Report on sanitation, dispensaries, and jails in Rajputana for 1912, and on vaccination for the year 1912-1913 - 1912-1913
Year: 1912
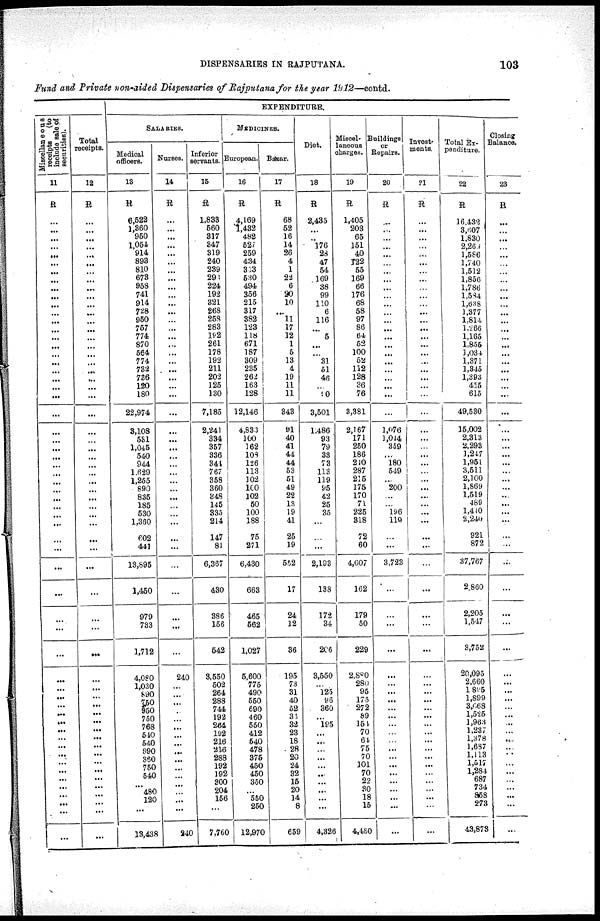
DISPENSARIES IN RAJPUTANA.
103
Fund and Private non-aided Dispensaries of Rajputana for the year 1912—contd.
Miscellaneous
receipts
(to
include sale of
securities).
11
R
...
...
...
...
...
...
...
...
...
...
...
...
...
...
...
...
...
...
...
...
...
...
...
...
...
...
...
...
...
...
...
...
...
...
...
...
...
...
...
...
...
...
...
...
...
...
...
...
...
...
...
...
...
...
...
...
...
...
...
...
Total
receipts.
12
R
...
...
...
...
...
...
...
...
...
...
...
...
...
...
...
...
...
...
...
...
...
...
...
...
...
...
...
...
...
...
...
...
...
...
...
...
...
...
...
...
...
...
...
... ...
...
...
...
...
...
...
...
...
...
...
...
...
...
...
...
EXPENDITURE.
SALARIES.
Medical
officers.
13
R
6,522
1,360
950
1,051
914
893
810
673
958
741
914
728
950
757
774
870
564
774
732
736
120
180
22,974
3,108
581
1,045
540
944
1,629
1,265
890
835
185
530
1,360
602
441
13,895
1,450
979
733
1,712
4,080
1,030
890
750
950
750
768
540
540
890
360
750
540
...
480
120
...
13,438
Nurses.
14
R
...
...
...
...
...
...
...
...
...
...
...
...
...
...
...
...
...
...
...
...
...
...
...
...
...
...
...
...
...
...
...
...
...
...
...
...
...
...
...
...
...
...
240
...
...
...
...
...
...
...
...
...
...
...
...
...
...
...
...
240
Inferior
servants.
15
R
1,833
560
317
347
319
240
239
293
224
192
821
268
258
283
192
261
178
192
211
202
125
130
7,185
2,241
334
357
336
344
767
358
360
348
145
335
214
147
81
6,367
430
386
156
542
3,550
502
264
288
744
192
264
192
216
216
288
192
192
300
204
156
...
7,760
MEDICINES.
European.
16
R
4,169
1,432
482
527
259
434
313
530
494
356
215
317
382
123
118
671
187
309
235
262
163
128
12,146
4,833
100
162
108
126
113
102
100
102
50
100
188
75
271
6,430
663
465
562
1,027
5,600
775
490
550
690
460
550
412
540
478
375
450
450
350
...
550
250
12,970
Bazar.
17
R
68
52
16
14
26
4
1
22
6
20
10
...
11
17
12
1
5
13
4
19
11
11
343
91
40
41
44
44
53
51
49
22
13
19
41
25
19
552
17
24
12
36
195
73
31
40
52
31
32
23
18
28
20
24
32
15
20
14
8
659
Diet.
18
R
2,485
...
..
176
28
47
54
169
38
99
110
6
116
...
5
...
...
31
51
46
...
10
3,501
1,486
93
79
33
73
113
119
95
42
25
35
...
...
...
2,193
188
172
34
206
3,550
... 125
96
360
...
195
...
...
...
...
...
...
...
...
...
...
4,326
Miscel¬
lancous
charges.
19
R
1,405
203
65
151
40
122
55
169
66
176
68
58
97
86
64
52
100
52
112
128
36
76
3,381
2,167
171
250
186
210
287
215
175
170
71
225
318
72
60
4,607
162
179
50
229
2,880
280
95
175
272
89
154
70
64
75
70
101
70
22
30 18
15
4,480
Buildings
or
Repairs.
20
R
...
...
...
...
...
...
...
...
...
...
...
...
...
...
...
...
...
...
...
...
...
...
...
1,076
1,044
359
...
180
519
...
200
...
...
196
119
...
...
3,723
...
...
...
...
...
...
...
...
...
...
...
...
...
...
...
...
...
...
...
...
...
...
Invest¬
ments.
21
R
...
...
...
...
...
...
...
...
...
...
...
...
...
...
...
...
...
...
...
...
...
...
...
...
...
...
...
...
...
...
...
...
...
...
...
...
...
...
...
...
...
...
...
...
...
...
...
...
...
...
...
...
...
...
...
...
...
...
...
...
Total Ex-
penditure.
22
R
16,432
3,607
1,830
2,269
1,586
1,740
1,512
1,856
1,786
1,584
1,638
1,377
1,814
1,266
1,165
1,855
1,034
1,371
1,345
1,393
455
615
49,530
15,002
2,313
2,293
1,247
1,951
3,511
2,100
1,869
1,519
489
1,440
2,240
921
872
37,767
2,860
2,205
1,547
3,752
20,095
2,660
1,895
1,899
3,068
1,525
1,963
1,237
1,378
1,637
1,113
1,547
1,284
687
734
858
273
43,878
Closing
Balance.
23
R
...
...
...
...
...
...
...
...
...
...
...
...
...
...
...
...
...
...
...
...
...
...
...
...
...
...
...
...
...
...
...
...
...
...
...
...
...
...
...
...
...
...
...
...
...
...
...
...
...
...
...
...
...
...
...
...
...
...
...
...